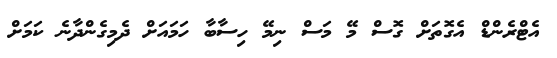
އެޓްރެންޑް އެގޮތަށް ގޮސް މޭ މަސް ނިމޭ ހިސާބާ ހަމައަށް ދެމިގެންދާނެ ކަމަށް